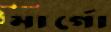
মার্গো